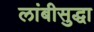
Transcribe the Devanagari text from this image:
लांबीसुद्धा